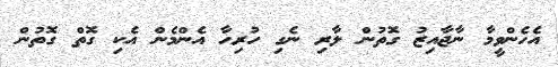
އެހެންވީމާ ނާޖާއިޒު ގޮތުން ލާރި ނެގި ހުރިހާ އެންމެން އެކި ގޮތް ގޮތުން